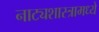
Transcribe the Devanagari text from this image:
नाट्यशास्त्रामध्ये